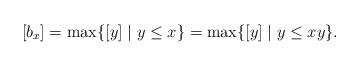
LaTeX: \begin{align*}[b_x] = \max\{[y]\mid y\leq x\} = \max\{[y]\mid y\leq xy\}.\end{align*}